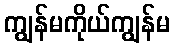
ကျွန်မကိုယ်ကျွန်မ